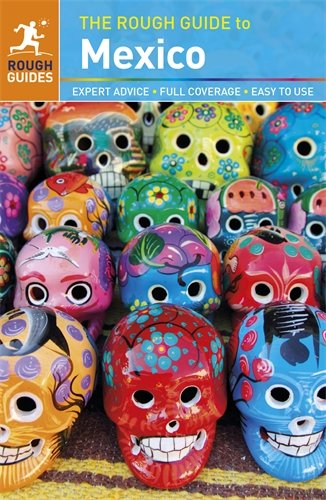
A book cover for The Rough Guide to Mexico; John Fisher; Travel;